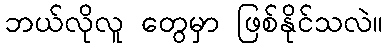
ဘယ်လိုလူ တွေမှာ ဖြစ်နိုင်သလဲ။